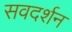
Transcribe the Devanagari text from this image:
सवदर्शन